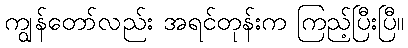
ကျွန်တော်လည်း အရင်တုန်းက ကြည့်ပြီးပြီ။